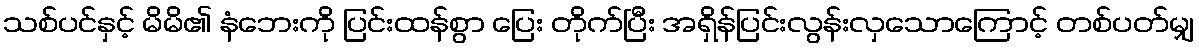
သစ်ပင်နှင့် မိမိ၏ နံဘေးကို ပြင်းထန်စွာ ပြေး တိုက်ပြီး အရှိန်ပြင်းလွန်းလှသောကြောင့် တစ်ပတ်မျှ